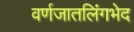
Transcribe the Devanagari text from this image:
वर्णजातलिंगभेद